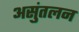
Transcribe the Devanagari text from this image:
असुंतलन